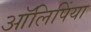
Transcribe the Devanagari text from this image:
आॅलिपिंया